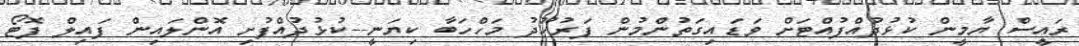
ރައީސް ޔާމީން ކުޅުދުއްފުއްޓަށް ވަޑައިގަތުންމުން ފަރުހޫދު މަހްހަބާ ކިޔަނީ--ކުޅުދުއްފުށި އޮންލައިން ފައިލް ފޮޓޯ